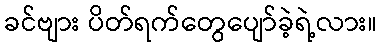
ခင်ဗျား ပိတ်ရက်တွေပျော်ခဲ့ရဲ့လား။